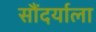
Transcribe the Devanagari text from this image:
सौंदर्याला